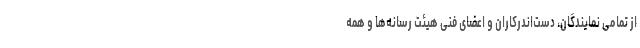
از تمامی نمایندگان، دست‌اندرکاران و اعضای فنی هیئت رسانه‌ها و همه